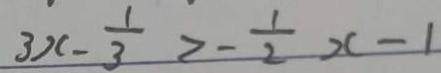
3 x - \frac { 1 } { 3 } > - \frac { 1 } { 2 } x - 1